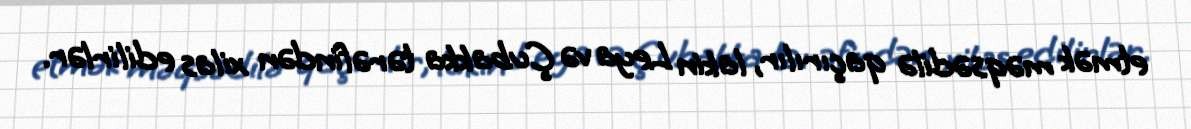
etmək məqsədilə qaçırılır, lakin Leya və Çubakka tərəfindən xilas edilirlər.